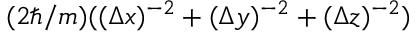
( 2 \hbar / m ) ( ( \Delta x ) ^ { - 2 } + ( \Delta y ) ^ { - 2 } + ( \Delta z ) ^ { - 2 } )